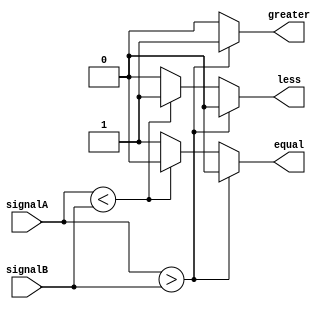
module comparator (
    input [7:0] signalA,
    input [7:0] signalB,
    output reg equal,
    output reg greater,
    output reg less
);

always @* begin
    if (signalA > signalB) begin
        greater = 1;
        less = 0;
        equal = 0;
    end else if (signalA < signalB) begin
        greater = 0;
        less = 1;
        equal = 0;
    end else begin
        greater = 0;
        less = 0;
        equal = 1;
    end
end

endmodule